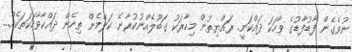
ނުވެގެން ފާޑުފާޑުގެ ވާހަކަ ދައްކަނީ. ރައްޔިތުން މިހާރަކު ގަބޫލެއްނުކުރާނެ ކަލޭމެން ތިހެން ދައްކާވާހަކަތަކެއް...